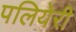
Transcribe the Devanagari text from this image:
पलियेरी